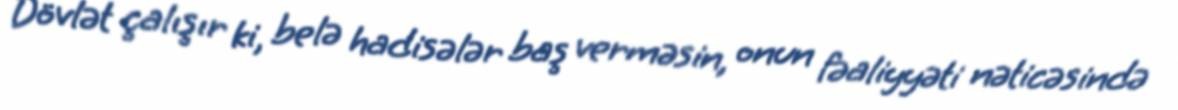
Dövlət çalışır ki, belə hadisələr baş verməsin, onun fəaliyyəti nəticəsində